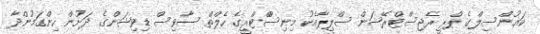
ކައުންސިލްގެ ޕްރީ ރެޖިސްޓްރޭޝަން ސްލިޕާއެކު މިނިސްްޓްރީގެ ހެލްތް ސާވިސް ޑިވިޝަންގެ ދަށުން ހިންގަމުންދާ